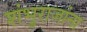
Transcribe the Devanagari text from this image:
शंभुराजांना